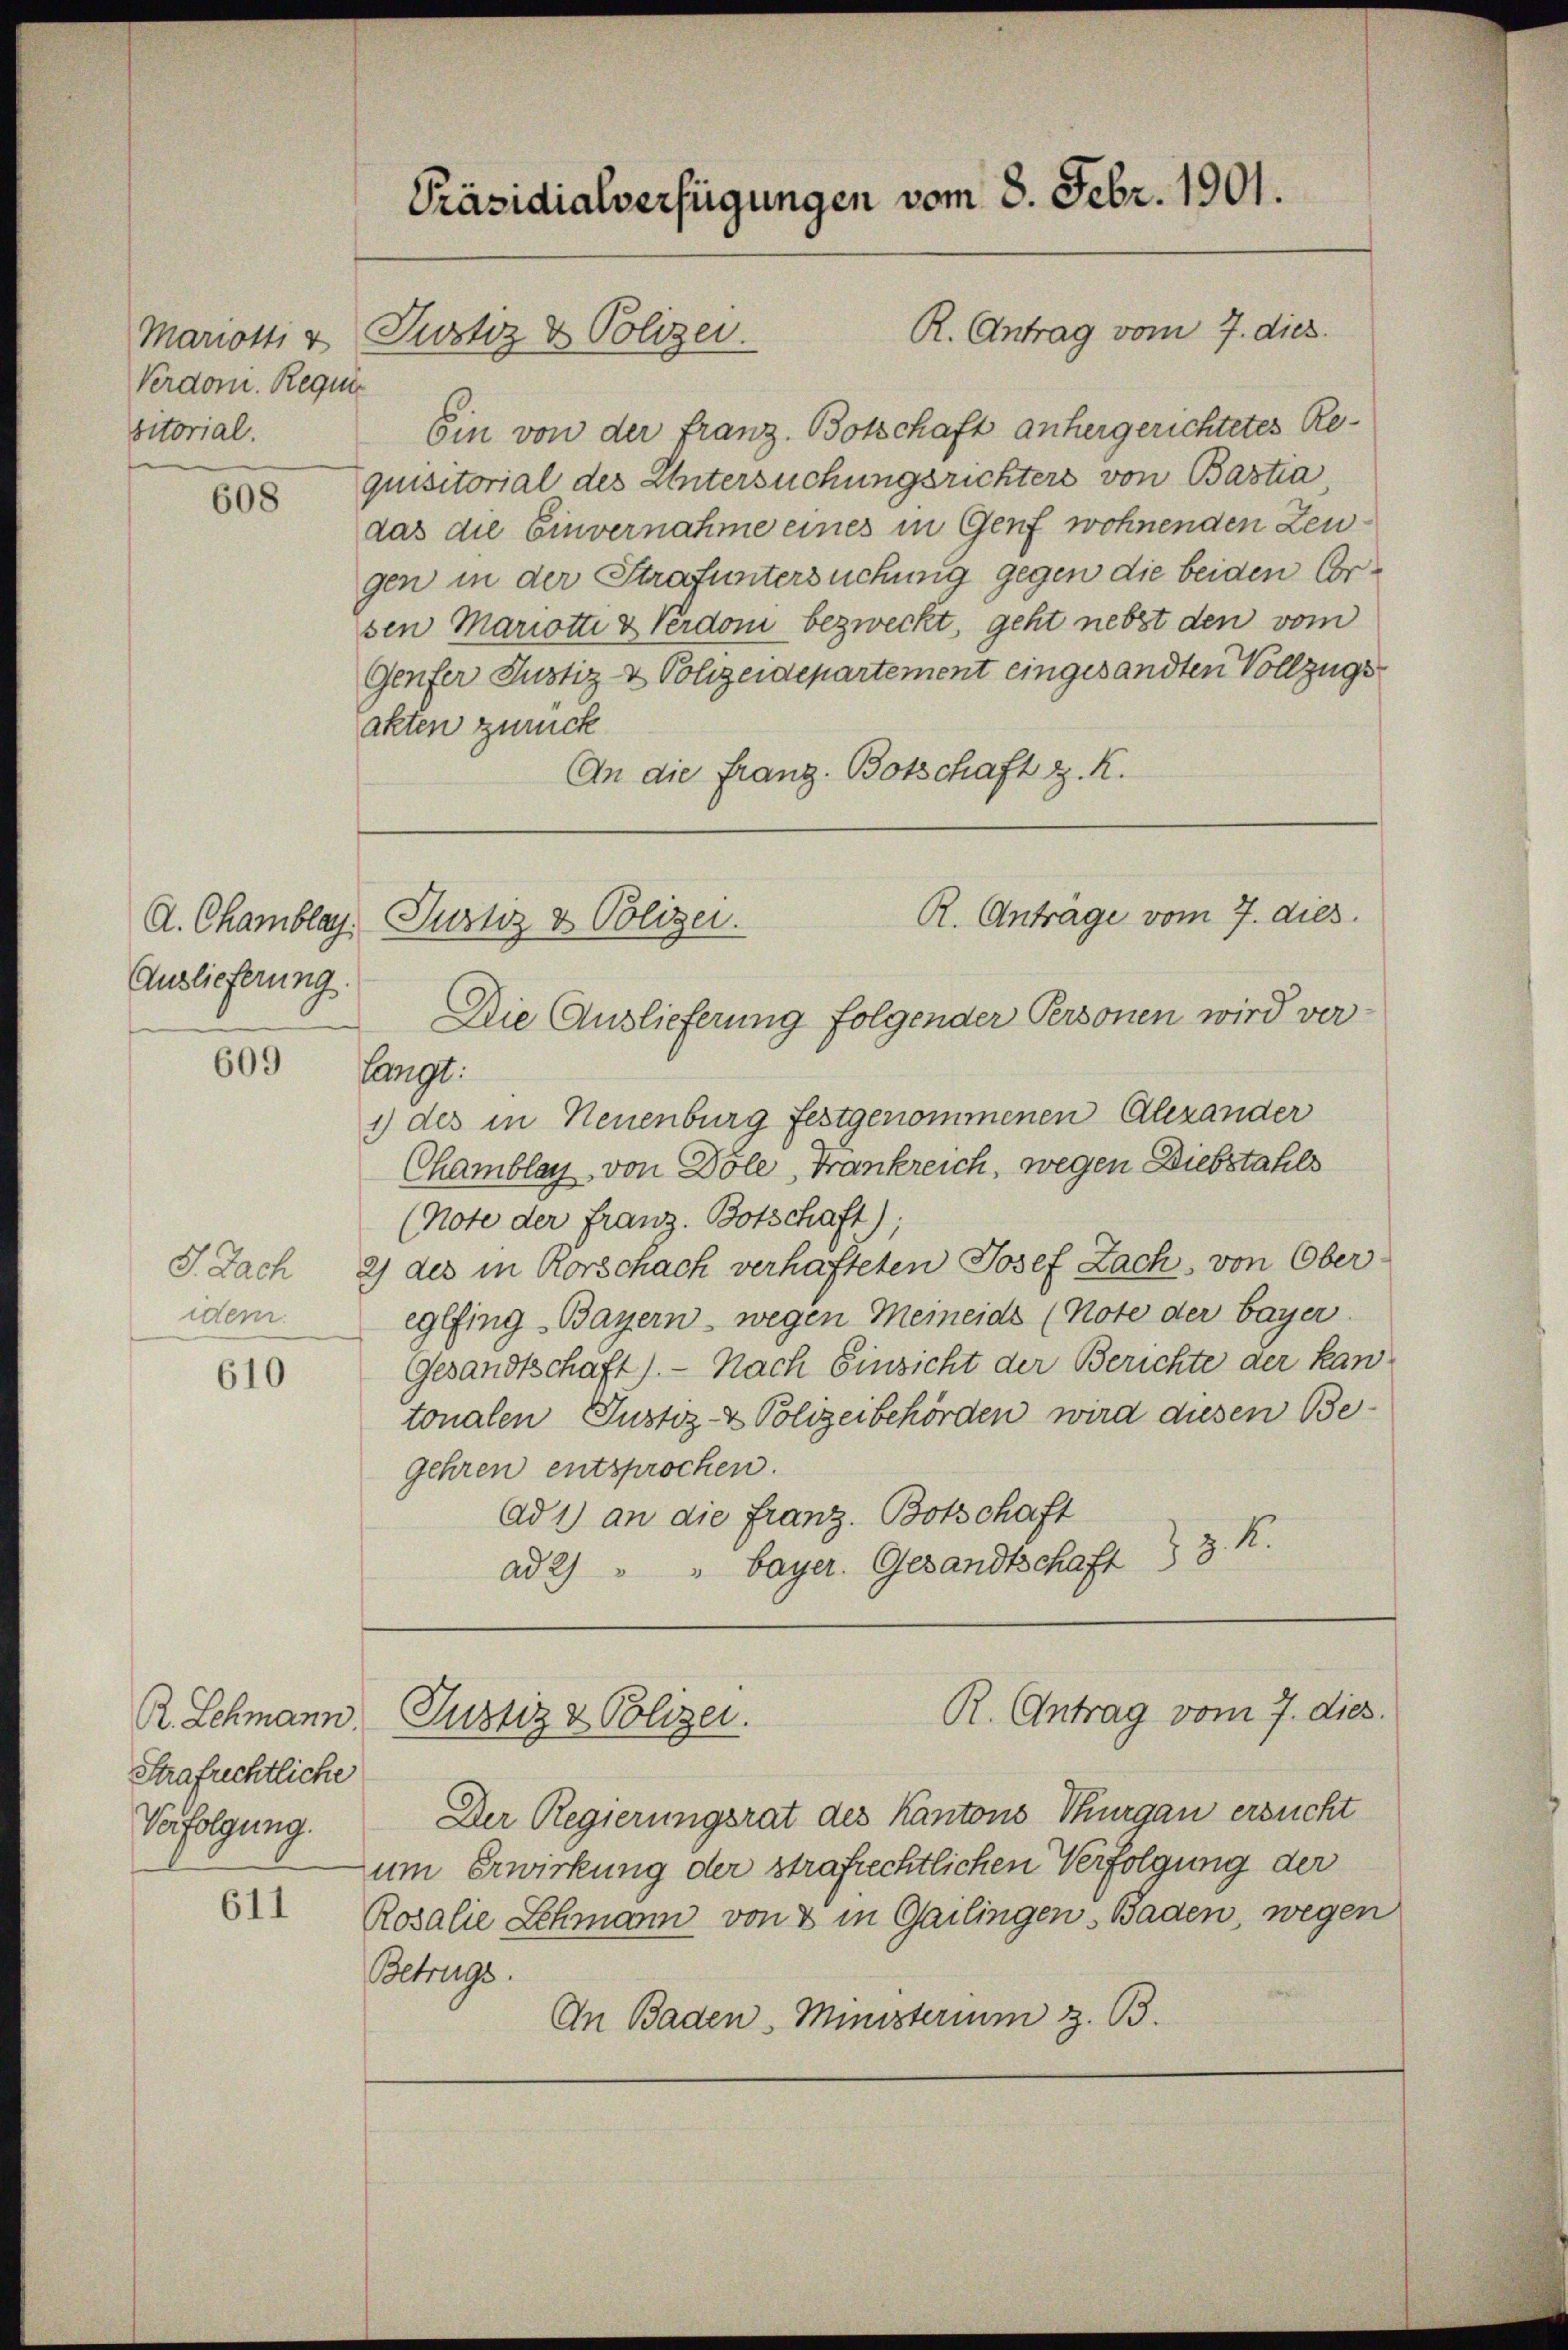
Verdoni. Regier
sitorial.

608

Auslieferung.

609

J. Nach
iden.

610

R. Schmann.
Strafrichtliche
Verfolgung.

611

Präsidialverfügungen vom 8. Febr. 1901.

R. Antrag vom 7. dies
Ein von der franz. Botschaft anhergerichtetes Re-
quisitorial des Untersuchungsrichters von Bastia
das die Einvernahme eines in Genf wohnenden Zeugen in der Strafuntersuchung gegen die beiden Ersen Mariotti & Verdon bezweckt, geht nebst den vom
Genfer Justiz- & Polizeidepartement eingesandten Vollzugs
akten zurück
An die Franz. Botschaft z. K.

Mariotti v Pustiz & Polizei.

Die Auslieferung folgender Personen wird ver-
langt.
1) des in Neuenburg festgenommenen Alexander
Chamblag, von Dole, Trankreich, wegen Diebstahls
(Note der Franz. Botschaft);
2) des in Rorschach verhafteten Josef Zach, von Ober-
eglfing Bayern - wegen Meineids (Note der bayer
Gesandtschaft). — Nach Einsicht der Berichte der kan-
tonalen Justiz- & Polizeibehörden wird diesen Begehren entsprochen.
Ad 1) an die Franz. Botschaft
1
ad 2) " " bayer. Gesandtschaft 3

R. Antrage vom 7. dies
A. Chamblag. Justiz & Polizei.

Justiz & Polizei.

R. Antrag vom 7. dies.

Der Regierungsrat des Kantons Thurgau ersucht
zum Erwirkung der strafrechtlichen Verfolgung der
Rosalie Schmann von 8 in Gailingen Baden, wegen
Betrugs
An Baden, Ministerium z. B.